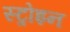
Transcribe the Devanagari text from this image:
स्ट्रोइन